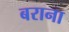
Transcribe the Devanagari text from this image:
बराना